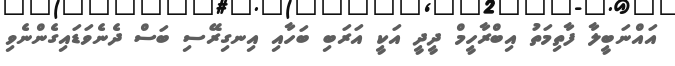
އައްނަބީލާ ފާތިމަތު އިބްރާހީމް ދީދީ އަކީ އަރަބި ބަހާއި އިނގިރޭސި ބަސް ދެނެވަޑައިގެންނެވި